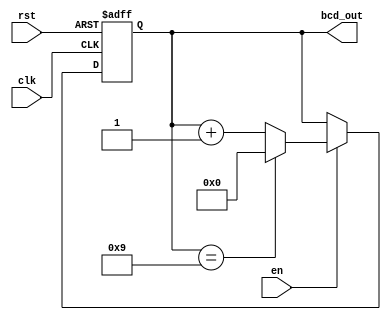
module bcd_counter (
    input wire clk,         // Clock signal
    input wire rst,         // Asynchronous reset signal
    input wire en,          // Enable signal
    output reg [3:0] bcd_out // 4-bit BCD output
);

// Always block triggered on the rising edge of the clock or reset
always @(posedge clk or posedge rst) begin
    if (rst) begin
        // On reset, set the counter to 0000
        bcd_out <= 4'b0000;
    end else if (en) begin
        // Increment the counter if enabled
        if (bcd_out == 4'b1001) begin
            // If the counter is 9, reset to 0
            bcd_out <= 4'b0000;
        end else begin
            // Else increment the counter
            bcd_out <= bcd_out + 1;
        end
    end
end

endmodule